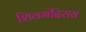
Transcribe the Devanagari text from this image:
शिवमंदिरास